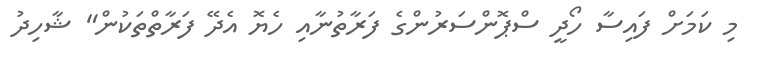
މި ކަމަށް ފައިސާ ހޯދީ ސްޕޮންސަރުންގެ ފަރާތުނާއި ހެޔޮ އެދޭ ފަރާތްތަކުން" ޝާހިދު